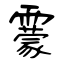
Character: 靀